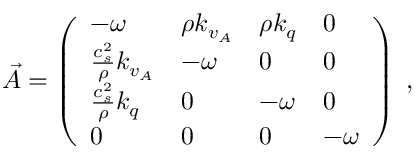
\vec { A } = \left( \begin{array} { l l l l } { - { \omega } } & { \rho k _ { v _ { A } } } & { \rho k _ { q } } & { 0 } \\ { \frac { c _ { s } ^ { 2 } } { \rho } k _ { v _ { A } } } & { - { \omega } } & { 0 } & { 0 } \\ { \frac { c _ { s } ^ { 2 } } { \rho } k _ { q } } & { 0 } & { - { \omega } } & { 0 } \\ { 0 } & { 0 } & { 0 } & { - { \omega } } \end{array} \right) \; ,